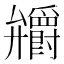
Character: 𭚞